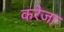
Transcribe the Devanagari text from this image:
करेजा